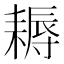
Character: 耨